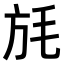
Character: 𣬵